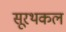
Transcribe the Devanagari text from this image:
सूरथकल